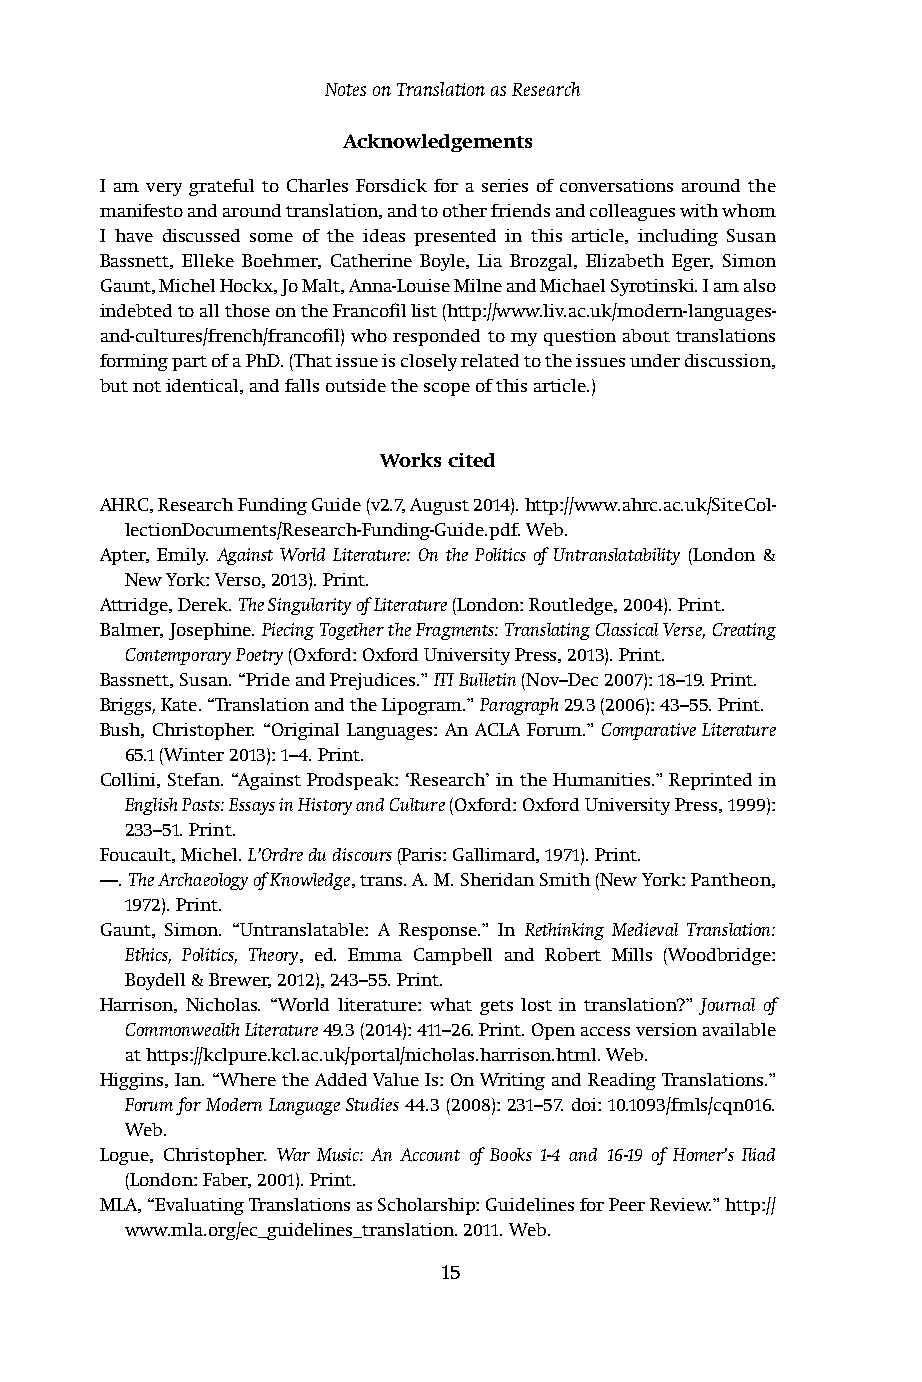
Notes on Translation as Research
 Acknowledgements
 I am very grateful to Charles Forsdick for a series of conversations around the
 manifesto and around translation, and to other friends and colleagues with whom
 I have discussed some of the ideas presented in this article, including Susan
 Bassnett, Elleke Boehmer, Catherine Boyle, Lia Brozgal, Elizabeth Eger, Simon
 Gaunt, Michel Hockx, Jo Malt, Anna-Louise Milne and Michael Syrotinski. I am also
 indebted to all those on the Francofil list (http://www.liv.ac.uk/modern-languages-
 and-cultures/french/francofil) who responded to my question about translations
 forming part of a PhD. (That issue is closely related to the issues under discussion,
 but not identical, and falls outside the scope of this article.)
 Works cited
 AHRC, Research Funding Guide (v2.7, August 2014). http://www.ahrc.ac.uk/SiteCol-
 lectionDocuments/Research-Funding-Guide.pdf. Web.
 Apter, Emily. Against World Literature: On the Politics of Untranslatability (London &
 New York: Verso, 2013). Print.
 Attridge, Derek. The Singularity of Literature (London: Routledge, 2004). Print.
 Balmer, Josephine. Piecing Together the Fragments: Translating Classical Verse, Creating
 Contemporary Poetry (Oxford: Oxford University Press, 2013). Print.
 Bassnett, Susan. “Pride and Prejudices.” ITI Bulletin (Nov–Dec 2007): 18–19. Print.
 Briggs, Kate. “Translation and the Lipogram.” Paragraph 29.3 (2006): 43–55. Print.
 Bush, Christopher. “Original Languages: An ACLA Forum.” Comparative Literature
 65.1 (Winter 2013): 1–4. Print.
 Collini, Stefan. “Against Prodspeak: ‘Research’ in the Humanities.” Reprinted in
 English Pasts: Essays in History and Culture (Oxford: Oxford University Press, 1999):
 233–51. Print.
 Foucault, Michel. L’Ordre du discours (Paris: Gallimard, 1971). Print.
 ––. The Archaeology of Knowledge, trans. A. M. Sheridan Smith (New York: Pantheon,
 1972). Print.
 Gaunt, Simon. “Untranslatable: A Response.” In Rethinking Medieval Translation:
 Ethics, Politics, Theory, ed. Emma Campbell and Robert Mills (Woodbridge:
 Boydell & Brewer, 2012), 243–55. Print.
 Harrison, Nicholas. “World literature: what gets lost in translation?” Journal of
 Commonwealth Literature 49.3 (2014): 411–26. Print. Open access version available
 at https://kclpure.kcl.ac.uk/portal/nicholas.harrison.html. Web.
 Higgins, Ian. “Where the Added Value Is: On Writing and Reading Translations.”
 Forum for Modern Language Studies 44.3 (2008): 231–57. doi: 10.1093/fmls/cqn016.
 Web.
 Logue, Christopher. War Music: An Account of Books 1-4 and 16-19 of Homer’s Iliad
 (London: Faber, 2001). Print.
 MLA, “Evaluating Translations as Scholarship: Guidelines for Peer Review.” http://
 www.mla.org/ec_guidelines_translation. 2011. Web.
 15